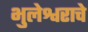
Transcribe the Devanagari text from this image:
भुलेश्वराचे